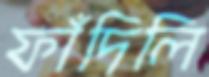
ফাঁদিলি